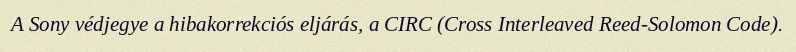
A Sony védjegye a hibakorrekciós eljárás, a CIRC (Cross Interleaved Reed-Solomon Code).